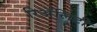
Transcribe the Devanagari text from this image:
रिअॅलिटी